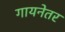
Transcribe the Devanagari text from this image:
गायनेतर